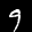
Label: 9